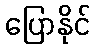
ပြောနိုင်